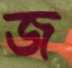
জ